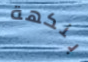
بنكهة